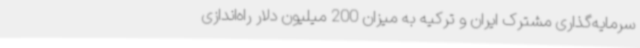
سرمایه‌گذاری مشترک ایران و ترکیه به میزان 200 میلیون دلار راه‌اندازی